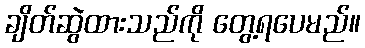
ချိတ်ဆွဲထားသည်ကို တွေ့ရပေမည်။